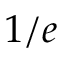
1 / e